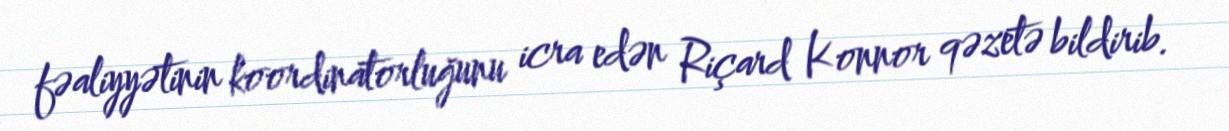
fəaliyyətinin koordinatorluğunu icra edən Riçard Konnor qəzetə bildirib.